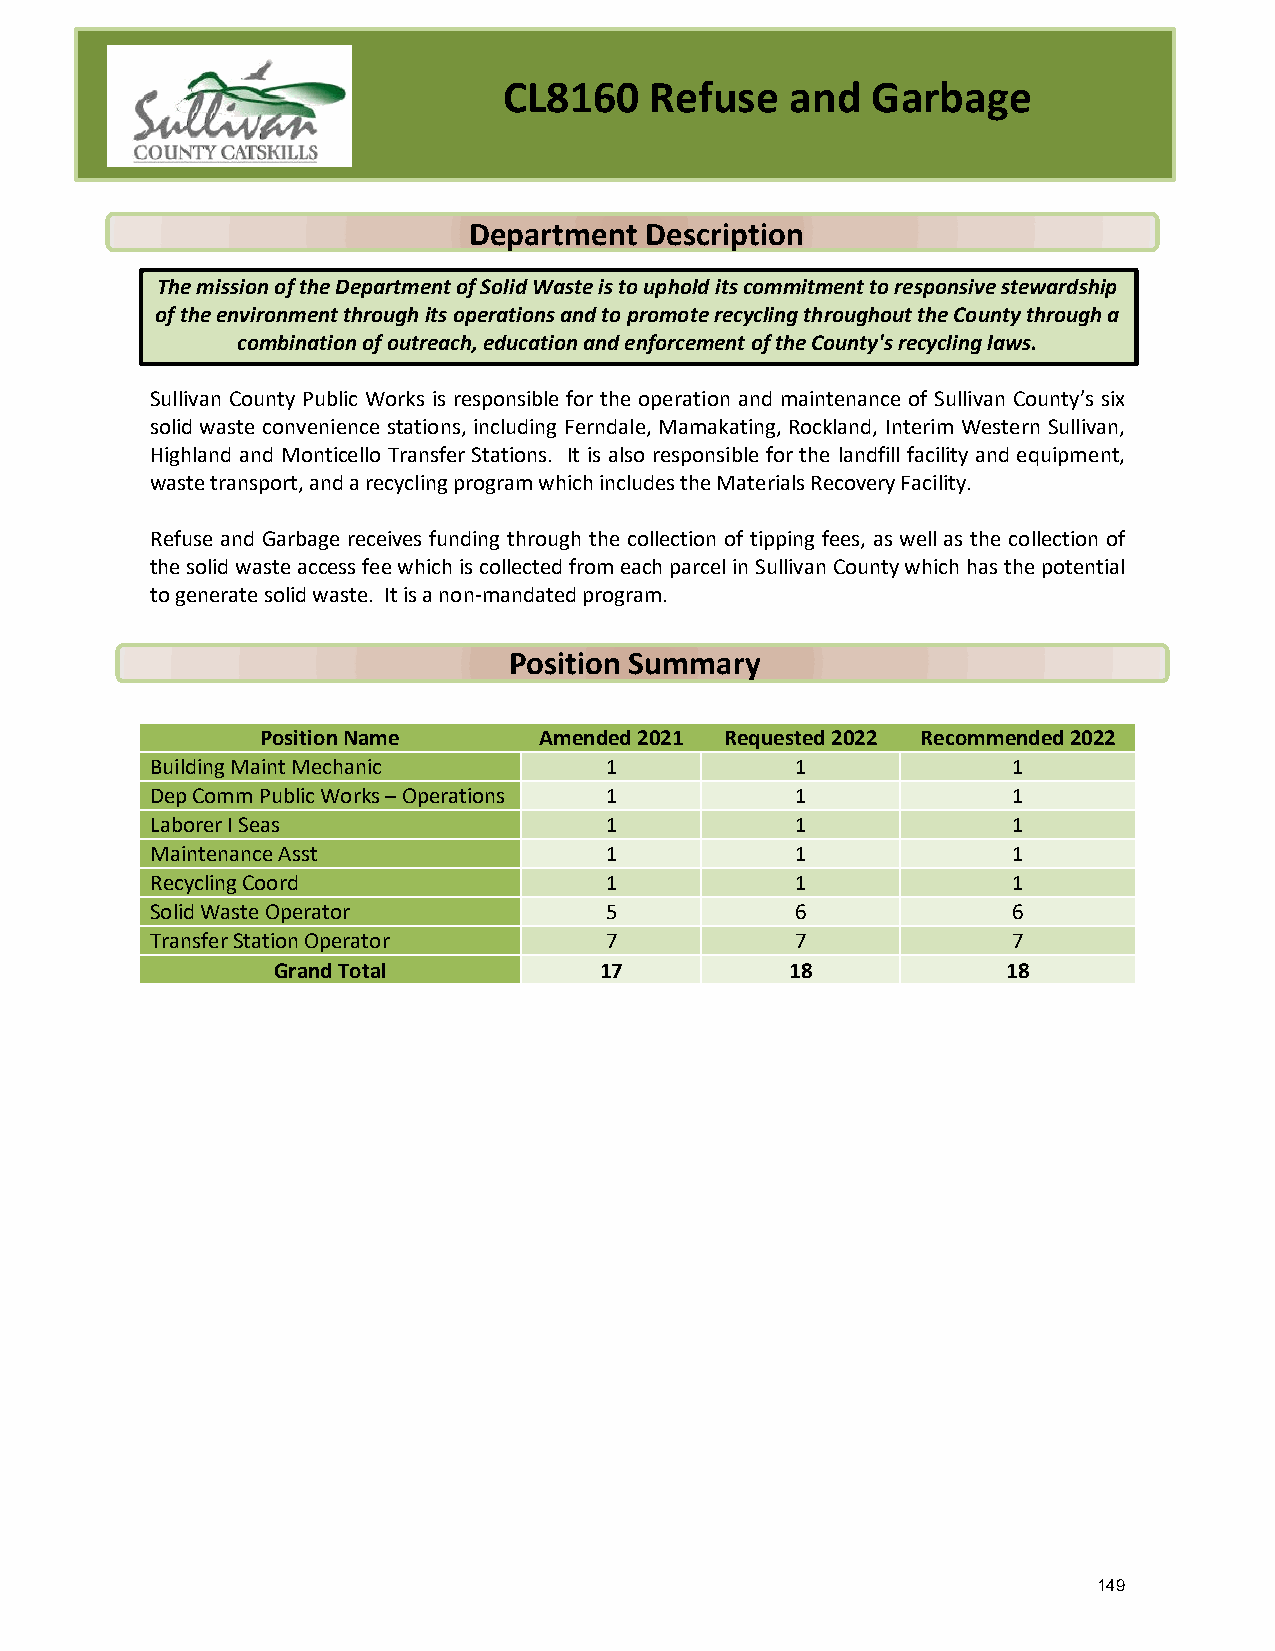
CL8160    Refuse   and   Garbage
 Department  Description
 The mission of the Department of Solid Waste is to uphold its commitment to responsive stewardship
 of the environment through its operations and to promote recycling throughout the County through a
 combination of outreach, education and enforcement of the County's recycling laws.
 Sullivan County Public Works is responsible for the operation and maintenance of Sullivan County’s six
 solid waste convenience stations, including Ferndale, Mamakating, Rockland, Interim Western Sullivan,
 Highland and Monticello Transfer Stations. It is also responsible for the landfill facility and equipment,
 waste transport, and a recycling program which includes the Materials Recovery Facility.
 Refuse and Garbage receives funding through the collection of tipping fees, as well as the collection of
 the solid waste access fee which is collected from each parcel in Sullivan County which has the potential
 to generate solid waste. It is a non-mandated program.
 Position Summary
 Position Name      Amended 2021 Requested 2022 Recommended 2022
 Building Maint Mechanic       1            1             1
 Dep Comm Public Works – Operations 1       1             1
 Laborer I Seas                1            1             1
 Maintenance Asst              1            1             1
 Recycling Coord               1            1             1
 Solid Waste Operator          5            6             6
 Transfer Station Operator     7            7             7
 Grand Total           17          18             18
 149